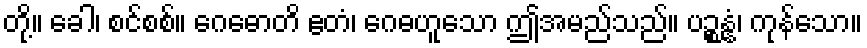
တို့။ ခေါ၊ စင်စစ်။ ဂေဓောတိ ဧတံ၊ ဂေဓဟူသော ဤအမည်သည်။ ပဉ္စန္နံ၊ ကုန်သော။